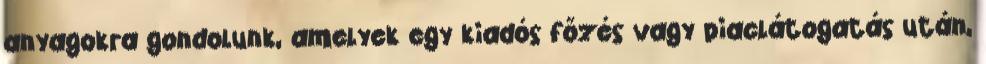
anyagokra gondolunk, amelyek egy kiadós főzés vagy piaclátogatás után,